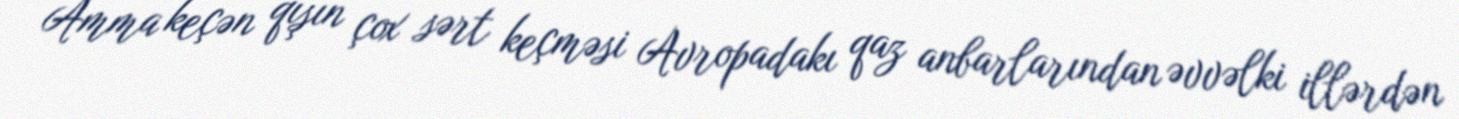
Amma keçən qışın çox sərt keçməsi Avropadakı qaz anbarlarından əvvəlki illərdən